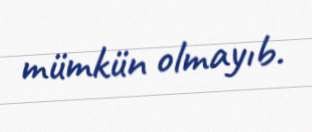
mümkün olmayıb.